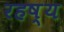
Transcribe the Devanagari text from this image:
रहष्य